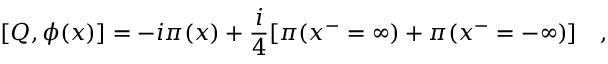
[ Q , \phi ( x ) ] = - i \pi ( x ) + \frac { i } { 4 } [ \pi ( x ^ { - } = \infty ) + \pi ( x ^ { - } = - \infty ) ] \quad ,